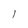
Character: 1